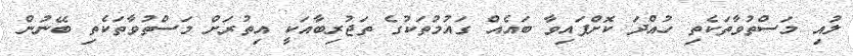
ލުއި މަސްތުވާތަކެތި ހުއްދަ ކޮށްފައިވާ ބައެއް ގައުމުތަކުގެ ތަޖުރިބާއަކީ އިތުރަށް މަސްތުވާތަކެތި ބޭނުން